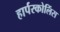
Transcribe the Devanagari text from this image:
हार्परकोलिंस